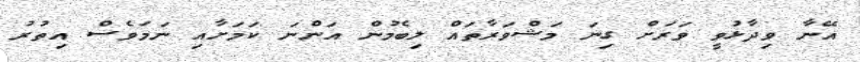
އޭނާ ވިދާޅުވީ ވަރަށް ގިނަ މަޝްވަރާތައް ލިބެމުން އަންނަ ކަމަށާއި ނަމަވެސް އިތުރު